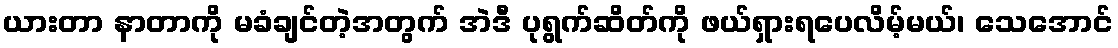
ယားတာ နာတာကို မခံချင်တဲ့အတွက် အဲဒီ ပုရွက်ဆိတ်ကို ဖယ်ရှားရပေလိမ့်မယ်၊ သေအောင်